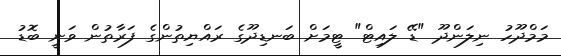
މަމްދޫހު ނިލަންދޫ "ޑޭ ލައިޓް" ޓީމަށް ބަނޑިދޫގެ ރައްޔިތުންގެ ފަރާތުން ވަނީ ބޮޑު